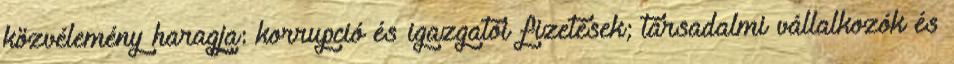
közvélemény haragja: korrupció és igazgatói fizetések; társadalmi vállalkozók és